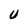
Character: U